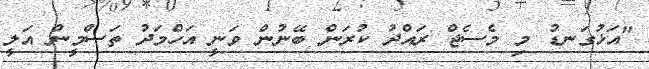
"އަޅުގަނޑު މި މެސެޖް ރައްދު ކުރަން ބޭނުން ވަނީ އަހްމަދު ތަސްމީން އަލީ